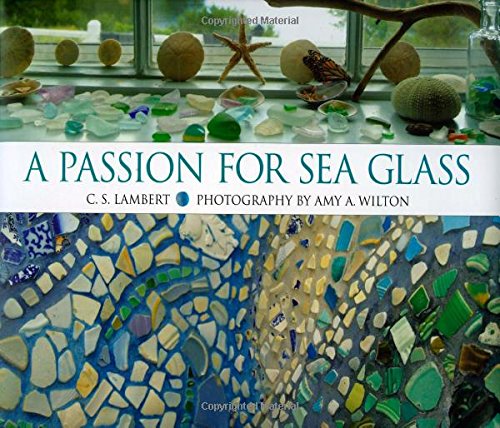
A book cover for A Passion for Sea Glass; C. S. Lambert; Crafts, Hobbies & Home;